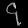
Digit: ၄